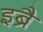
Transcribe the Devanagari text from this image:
इब्रै